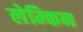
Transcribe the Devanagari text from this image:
लेम्किन